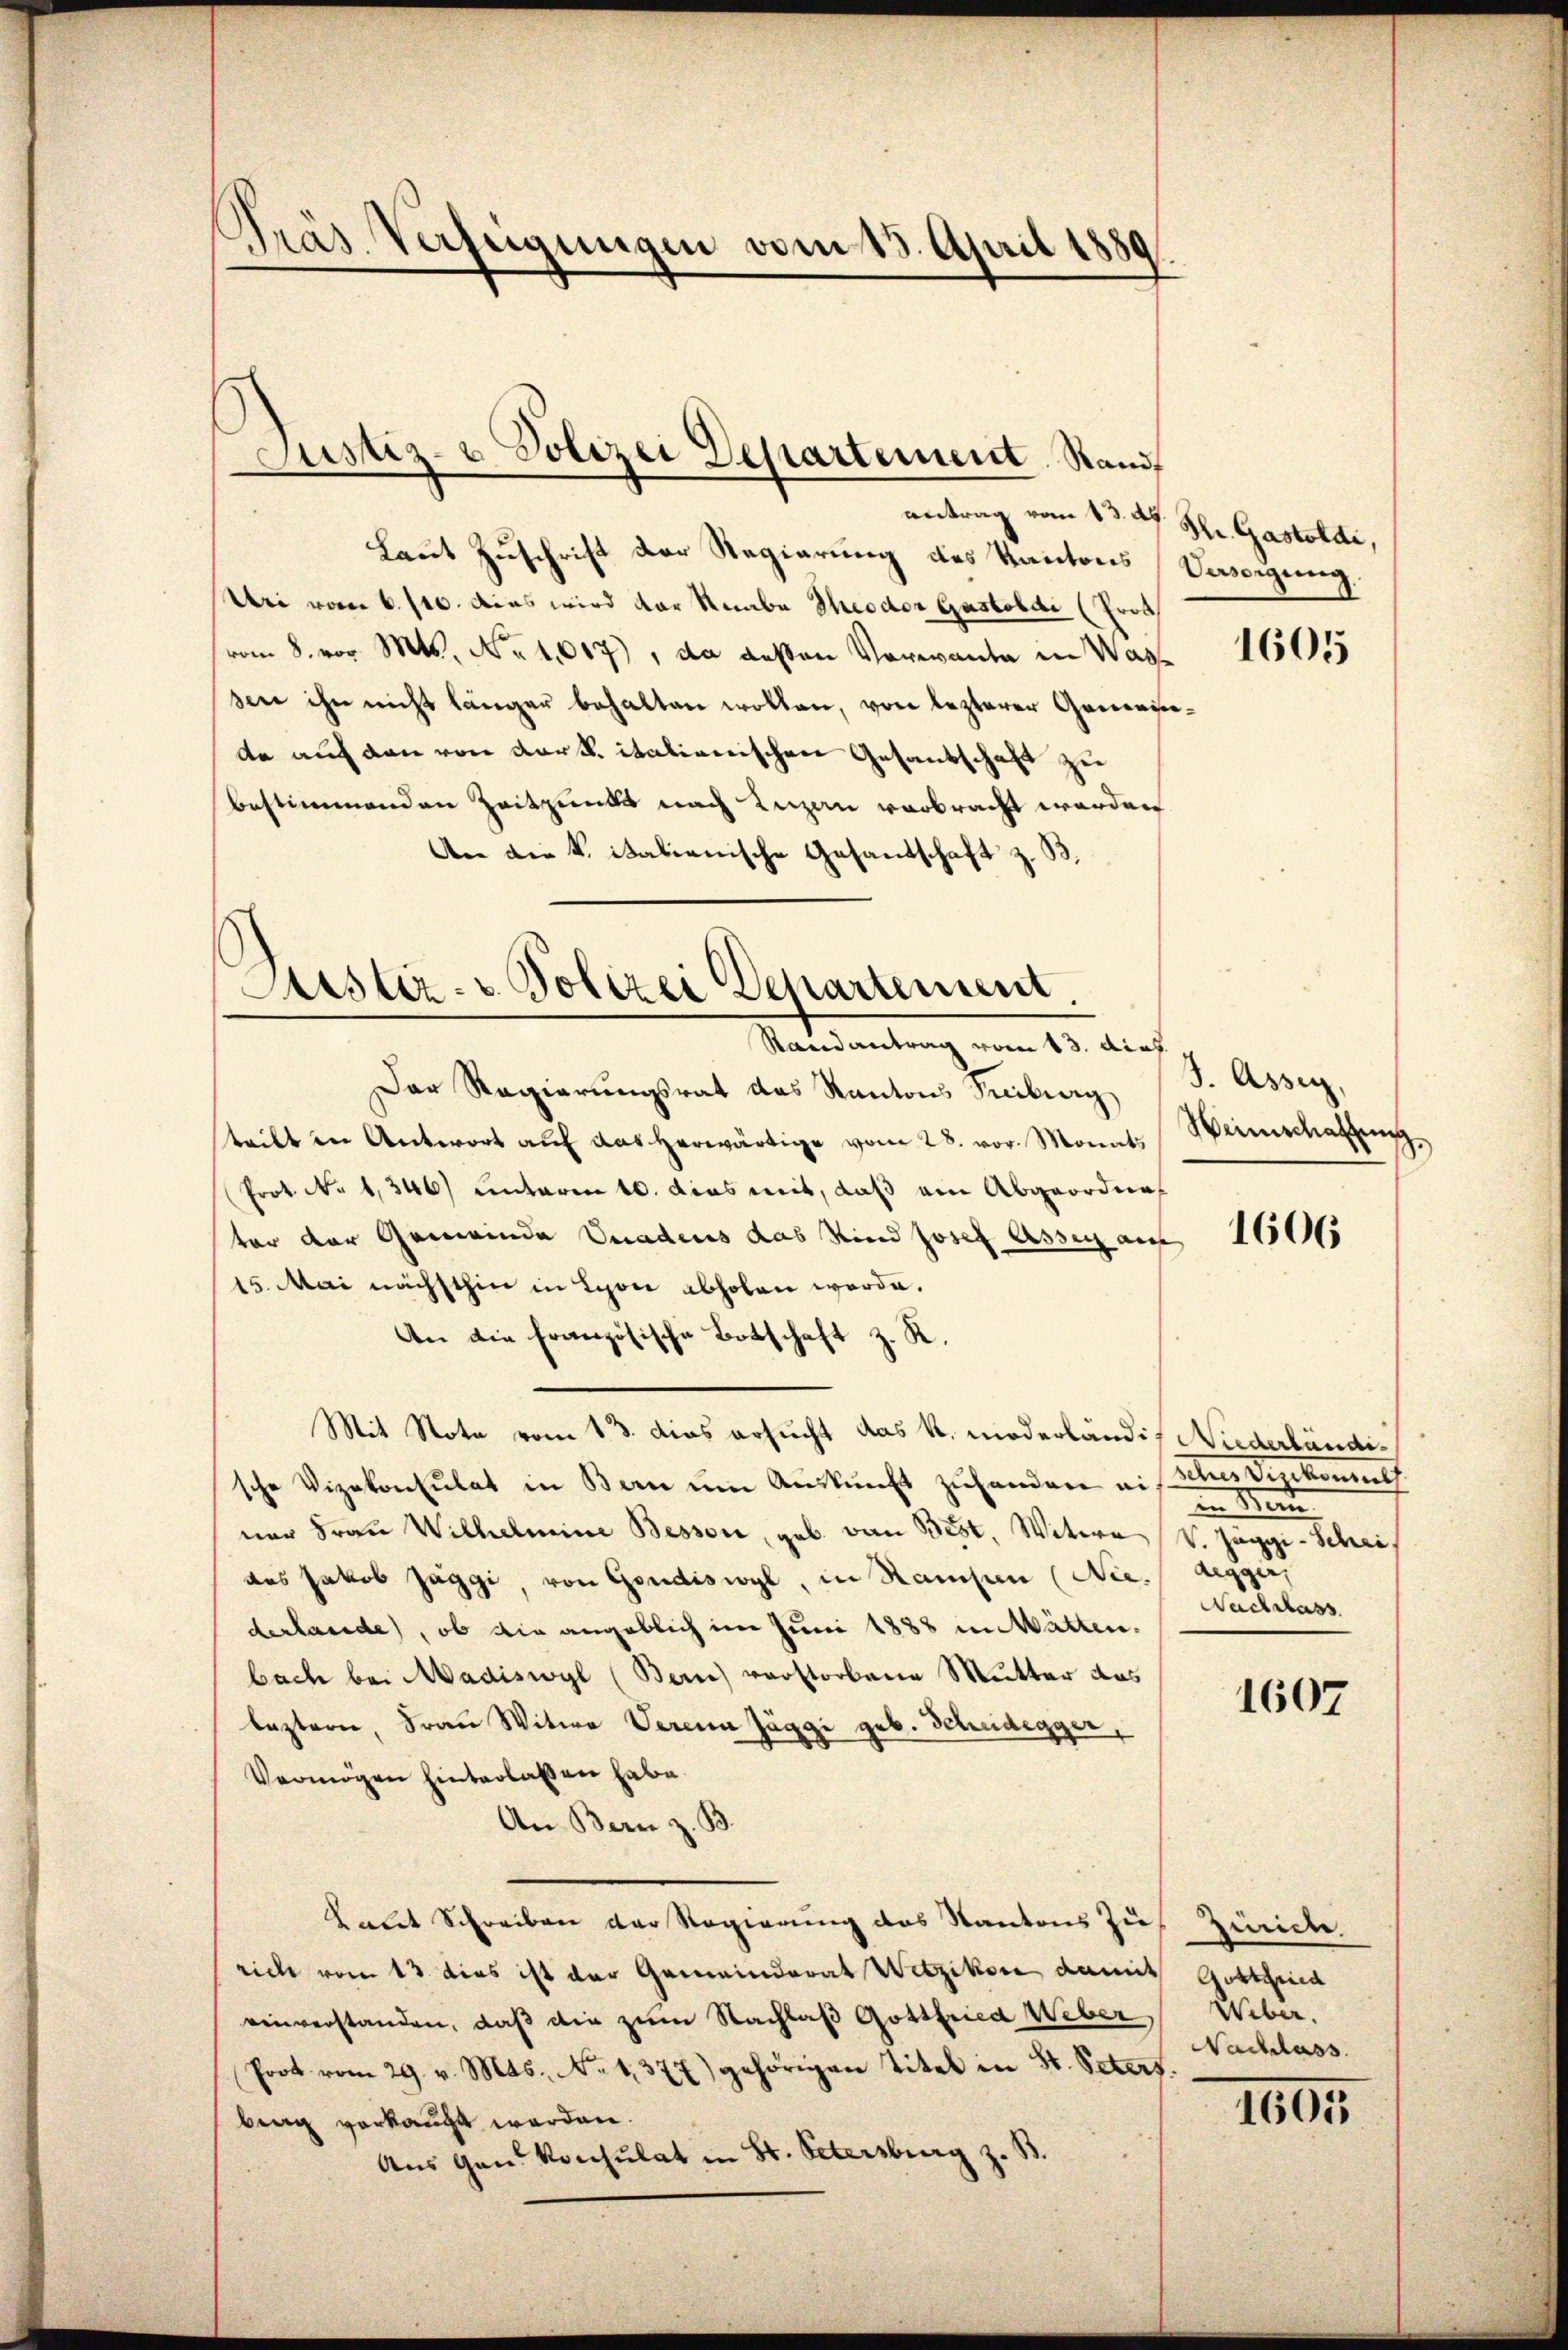
Präs. Verfügungen vom 13. Apri

Justiz- u Polizei Departement Stand

antrag vom 13. A. Hr. Gastoldi,
Laut Zuschrift der Regierung des Kantons (Vestigung
Uri vom 6./10. Das wird der Raabe Theodor Gastobdi (Prot
vom 8. vor. Mts. No 1007), da dessen Vorwande in Wassen ihn nicht länger behalten wollen, von lezterer Gemeinede auf den von dark. italienischen Gesandschaft zu
bestimmenden Zeitpunkt nach Luzan verbracht worden
An die k. italienische Gesandschaft z. B.

Justiz- u. Polizei Departement
Randantrag vom 13. dies.

Der Regierungsrat das Kantons Treiburg
teilt in Antwort aŭf das herwärtige vom 28. vor. Monats Weinschaffŭng
Prot. No 1346) unterm 10. dies mit, daß ein Abgeordnet
ter der Gemeinde Gnadens das Kind Josef Assen auf
15. Mai nächsthin in Lyon abholen werde.
An die Französische Botschaft z. R.
Mit Note vom 13. dies ersucht das k. niederländig Niederländische Vizekonsulat in Bern ŭm Aŭskŭnft zŭ hander auf Scher Vizekonsuls
ner Frau Wilhelmine Bessen, geb. von Best, Witwe V. Jäggi-Schrif
des Jakob Jäggi, von Gondiswyl, in Ramsen (Niedegger,
derhande, ob die angeblich im Juni 1888 in Matten.
bach bei Madiswyl (Bern verstorbene Mutter das
lezterer, Frau Witwe Verein Jäggi geb. Scheidegger,
Vermögen hinterlassen habe.
An Bern z. B.
Laut Schreiben der Regierung des Kantons Zu
rich vom 13 dies ist der Gemeinderat Wetzikon damit Gottfried
einverstanden, daß die zum Nachlaß Gottfried Weber Weber.
Prot vom 29. v. Mts. No 1377) gehörigen Titel in St. Peters.
berg verkauft werden.
Aus Gan Konsulat in St. Petersburg z. B.

1605

. Assen

1606

in Mann
Nachlass

1607

Zürich
Nachlass

1605